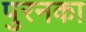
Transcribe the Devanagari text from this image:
पुरनका